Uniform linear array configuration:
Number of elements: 32
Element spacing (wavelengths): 1
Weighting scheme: blackman
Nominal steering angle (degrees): -15
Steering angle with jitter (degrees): -16.181
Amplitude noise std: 0.05
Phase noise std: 0.05

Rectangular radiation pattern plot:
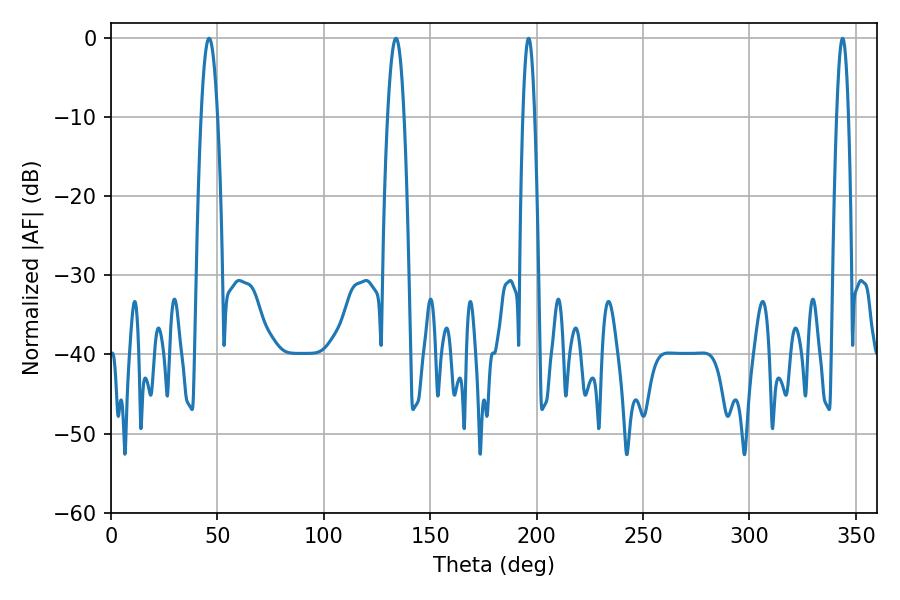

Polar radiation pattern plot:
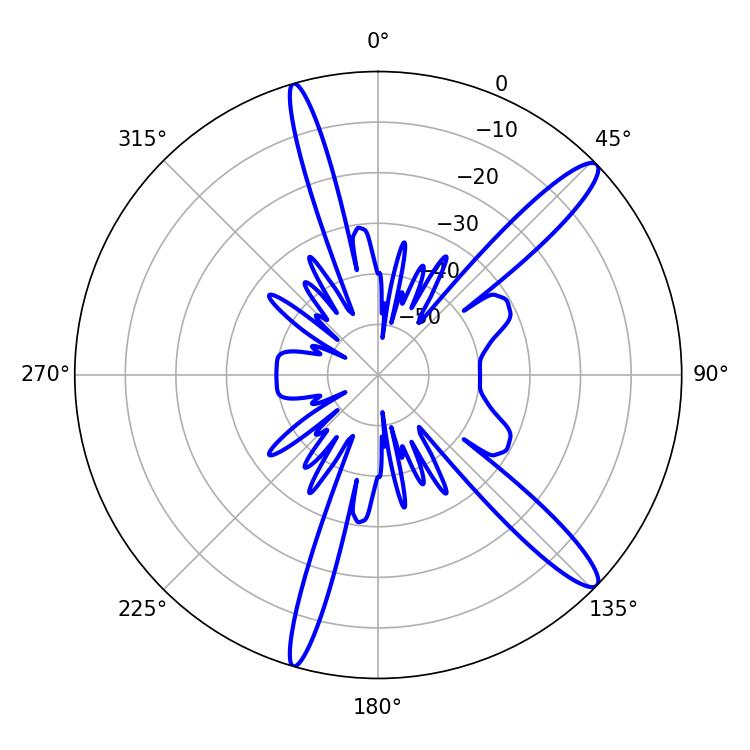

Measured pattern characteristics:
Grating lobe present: TRUE
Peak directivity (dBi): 13.776
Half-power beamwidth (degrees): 4.14
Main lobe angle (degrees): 46.08